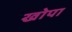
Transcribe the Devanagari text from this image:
खोपा